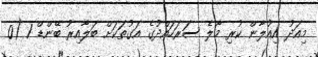
މިއަދު އިއުލާން ކުރި މާލެ ސަރަހައްދުގެ އަގުތަކަށް ބަލާއިރު ބޭންޑް 1 (0